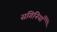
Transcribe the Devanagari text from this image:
संगिनियाँ